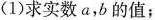
(1)求实数a，b的值；